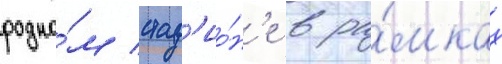
родно́м стад'ио́н'е в ра́мках